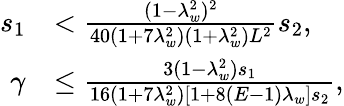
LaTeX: \begin{array}{rl}{s_{1}}&{<\frac{(1-\lambda_{w}^{2})^{2}}{40(1+7\lambda_{w}^{2})(1+\lambda_{w}^{2})L^{2}}s_{2},}\\ {\gamma}&{\leq\frac{3(1-\lambda_{w}^{2})s_{1}}{16(1+7\lambda_{w}^{2})[1+8(E-1)\lambda_{w}]s_{2}},}\end{array}